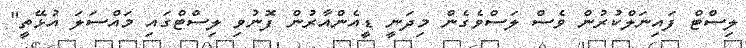
ލިސްޓް ފައިނަލްކުރުން ވެސް ލަސްވެގެން މިދަނީ ޑީއެންއާރުން ފޮނުވި ލިސްޓްގައި މައްސަލަ އުޅޭތީ"